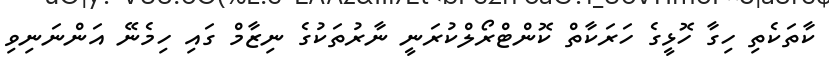
ކާތަކެތި ހިގާ ހޮޅީގެ ހަރަކާތް ކޮންޓްރޯލްކުރަނީ ނާރުތަކުގެ ނިޒާމް ގައި ހިމެނޭ އަންނަނިވި